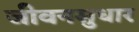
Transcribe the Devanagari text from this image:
जीवनसुधार